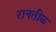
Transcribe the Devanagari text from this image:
रानतीळ